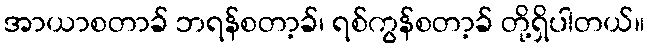
အာယာစတာခ် ဘရန်စတာ့ခ်၊ ရစ်ကွန်စတာ့ခ် တို့ရှိပါတယ်။